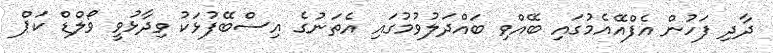
ދާދި ފަހުން އެފްއޭއެމުގައި ބޭއްވި ބައްދަލުވުމުގައި އެތަނުގެ އިސްބޭފުޅަކު ވިދާޅުވީ ވޯލްޑް ކަޕް